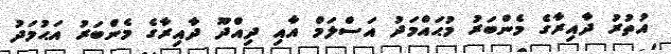
އުތުރު ދާއިރާގެ މެންބަރު މުޙައްމަދު އަސްލަމް އާއި ދިއްދޫ ދާއިރާގެ މެންބަރު އަޙުމަދު